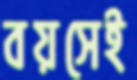
বয়সেই